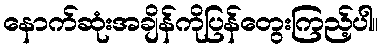
နောက်ဆုံးအချိန်ကိုပြန်တွေးကြည့်ပါ။